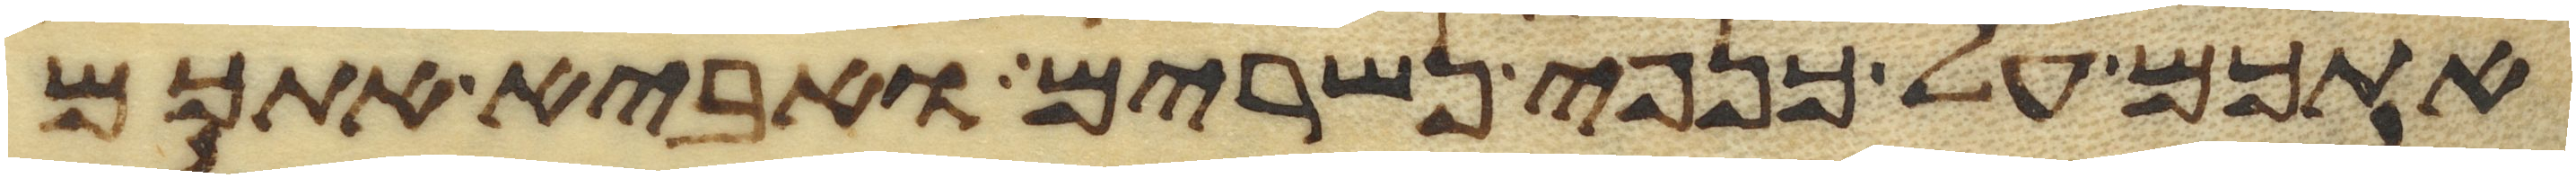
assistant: אתכם על כנפי נשרים ואביא אתכם